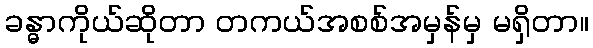
ခန္ဓာကိုယ်ဆိုတာ တကယ်အစစ်အမှန်မှ မရှိတာ။